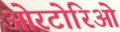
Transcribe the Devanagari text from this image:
ओरटोरिओ